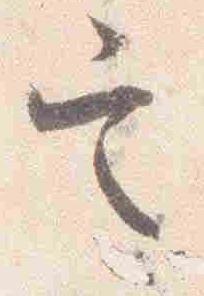
定